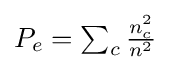
{\textstyle P_{e}=\sum _{c}{\frac {n_{c}^{2}}{n^{2}}}}